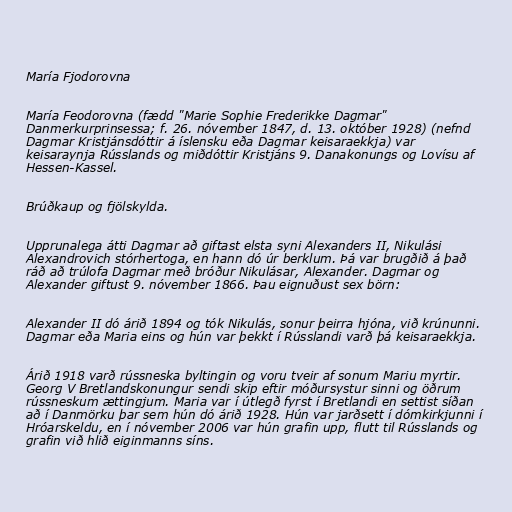
María Fjodorovna

María Feodorovna (fædd "Marie Sophie Frederikke Dagmar"
Danmerkurprinsessa; f. 26. nóvember 1847, d. 13. október 1928) (nefnd
Dagmar Kristjánsdóttir á íslensku eða Dagmar keisaraekkja) var
keisaraynja Rússlands og miðdóttir Kristjáns 9. Danakonungs og Lovísu af
Hessen-Kassel.

Brúðkaup og fjölskylda.

Upprunalega átti Dagmar að giftast elsta syni Alexanders II, Nikulási
Alexandrovich stórhertoga, en hann dó úr berklum. Þá var brugðið á það
ráð að trúlofa Dagmar með bróður Nikulásar, Alexander. Dagmar og
Alexander giftust 9. nóvember 1866. Þau eignuðust sex börn:

Alexander II dó árið 1894 og tók Nikulás, sonur þeirra hjóna, við krúnunni.
Dagmar eða Maria eins og hún var þekkt í Rússlandi varð þá keisaraekkja.

Árið 1918 varð rússneska byltingin og voru tveir af sonum Mariu myrtir.
Georg V Bretlandskonungur sendi skip eftir móðursystur sinni og öðrum
rússneskum ættingjum. Maria var í útlegð fyrst í Bretlandi en settist síðan
að í Danmörku þar sem hún dó árið 1928. Hún var jarðsett í dómkirkjunni í
Hróarskeldu, en í nóvember 2006 var hún grafin upp, flutt til Rússlands og
grafin við hlið eiginmanns síns.